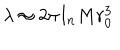
\lambda \approx 2 \pi I _ { n } M r _ { 0 } ^ { 3 }